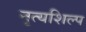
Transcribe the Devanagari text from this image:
नृत्यशिल्प